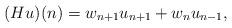
LaTeX: \begin{align*}(Hu)(n) = w_{n+1} u_{n+1} + w_n u_{n-1},\end{align*}